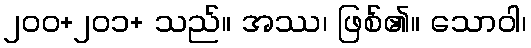
၂၀၀+၂၀၁+ သည်။ အဿ၊ ဖြစ်၏။ သောဝါ၊